Punjab Mental Hospital Lahore 1922-31 - 1922-1931
Year: 1922
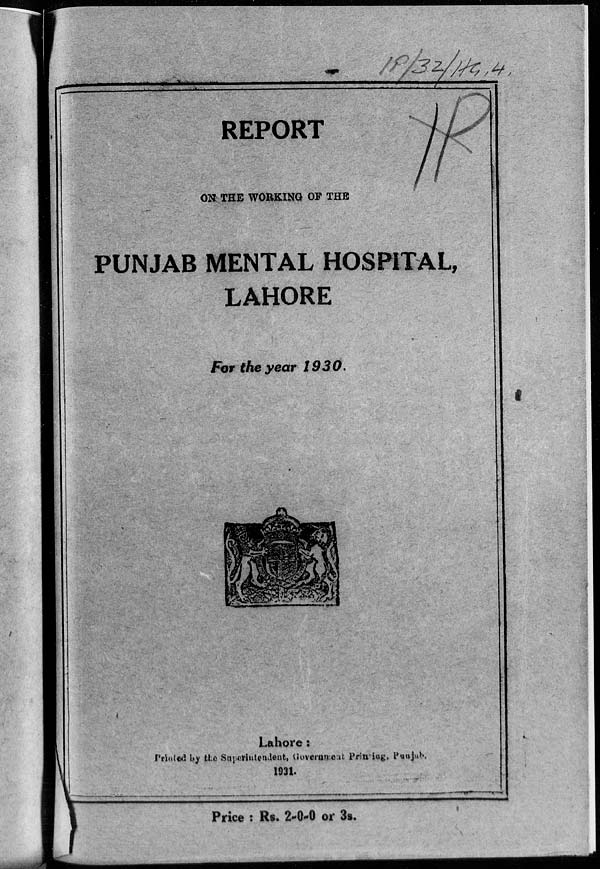
REPORT
ON THE WORKING OF THE
PUNJAB MENTAL HOSPITAL,
LAHORE
For the year 1930.
Lahore:
Printed by the Superintendent, Government Printing, Punjab.
1931.
Price : Rs. 2-0-0 or 3s.